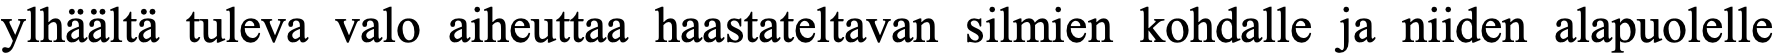
ylhäältä tuleva valo aiheuttaa haastateltavan silmien kohdalle ja niiden alapuolelle